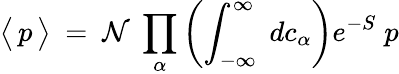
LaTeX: \big<\, {\mit p}\, \big>\ =\ {\cal N}\ \prod_{\alpha}\left(\int_{-\infty}^{\infty}\; dc_{\alpha}\right)e^{-S}\; {\mit p}